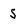
Character: s